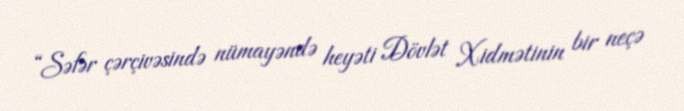
“Səfər çərçivəsində nümayəndə heyəti Dövlət Xidmətinin bir neçə